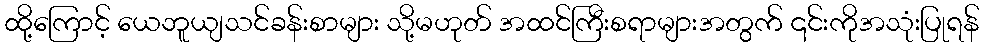
ထို့ကြောင့် ယေဘူယျသင်ခန်းစာများ သို့မဟုတ် အထင်ကြီးစရာများအတွက် ၎င်းကိုအသုံးပြုရန်